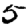
Digit: 5